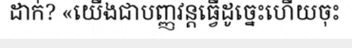
ដាក់? «យើងជាបញ្ញវន្តធ្វើដូច្នេះហើយចុះ